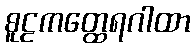
စူဠကတ္ထေရဂါထာ